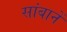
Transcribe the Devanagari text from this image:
सांबानें